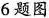
6题图